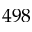
4 9 8